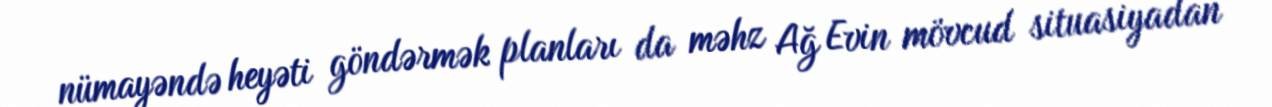
nümayəndə heyəti göndərmək planları da məhz Ağ Evin mövcud situasiyadan